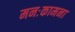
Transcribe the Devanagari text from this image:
मनःकामना